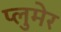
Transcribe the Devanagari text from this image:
प्लुमेर